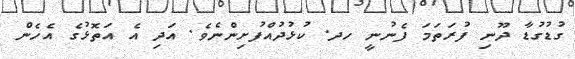
ގުޑުގުޑާ ދޫނި ފުރަތަމަ ފެނުނީ ހދ. ކުޅުދުއްފުށިންނެވެ. އަދި އެ އަތޮޅުގެ އެހެން